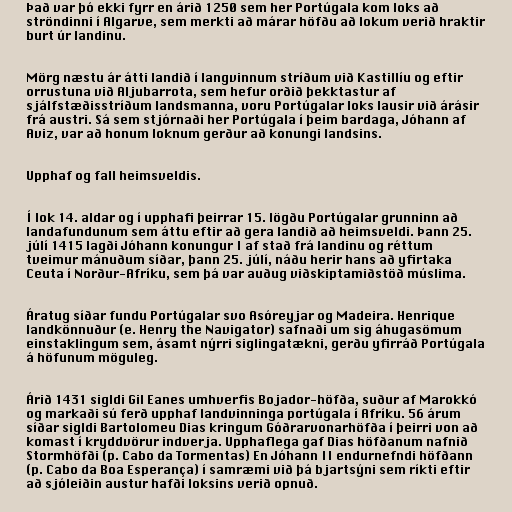
Það var þó ekki fyrr en árið 1250 sem her Portúgala kom loks að
ströndinni í Algarve, sem merkti að márar höfðu að lokum verið hraktir
burt úr landinu.

Mörg næstu ár átti landið í langvinnum stríðum við Kastillíu og eftir
orrustuna við Aljubarrota, sem hefur orðið þekktastur af
sjálfstæðisstríðum landsmanna, voru Portúgalar loks lausir við árásir
frá austri. Sá sem stjórnaði her Portúgala í þeim bardaga, Jóhann af
Aviz, var að honum loknum gerður að konungi landsins.

Upphaf og fall heimsveldis.

Í lok 14. aldar og í upphafi þeirrar 15. lögðu Portúgalar grunninn að
landafundunum sem áttu eftir að gera landið að heimsveldi. Þann 25.
júlí 1415 lagði Jóhann konungur I af stað frá landinu og réttum
tveimur mánuðum síðar, þann 25. júlí, náðu herir hans að yfirtaka
Ceuta í Norður-Afríku, sem þá var auðug viðskiptamiðstöð múslima.

Áratug síðar fundu Portúgalar svo Asóreyjar og Madeira. Henrique
landkönnuður (e. Henry the Navigator) safnaði um sig áhugasömum
einstaklingum sem, ásamt nýrri siglingatækni, gerðu yfirráð Portúgala
á höfunum möguleg.

Árið 1431 sigldi Gil Eanes umhverfis Bojador-höfða, suður af Marokkó
og markaði sú ferð upphaf landvinninga portúgala í Afríku. 56 árum
síðar sigldi Bartolomeu Dias kringum Góðrarvonarhöfða í þeirri von að
komast í kryddvörur indverja. Upphaflega gaf Dias höfðanum nafnið
Stormhöfði (p. Cabo da Tormentas) En Jóhann II endurnefndi höfðann
(p. Cabo da Boa Esperança) í samræmi við þá bjartsýni sem ríkti eftir
að sjóleiðin austur hafði loksins verið opnuð.